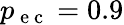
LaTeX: p_{\mathrm{~e~c~}}=0.9